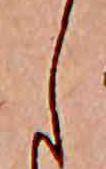
し